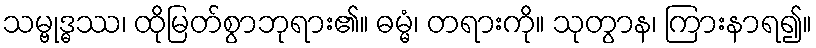
သမ္ဗုဒ္ဓဿ၊ ထိုမြတ်စွာဘုရား၏။ ဓမ္မံ၊ တရားကို။ သုတွာန၊ ကြားနာရ၍။